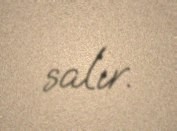
salır.